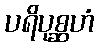
ပရိပုစ္ဆဟံ